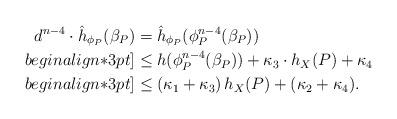
LaTeX: \begin{align*}{} d^{n-4}\cdot \hat{h}_{\phi_P}(\beta_P)&=\hat{h}_{\phi_P}(\phi_P^{n-4}(\beta_P))\\begin{align*}3pt]&\leq h(\phi_P^{n-4}(\beta_P))+\kappa_3\cdot h_X(P)+\kappa_4\\begin{align*}3pt]&\leq (\kappa_1+\kappa_3)\,h_X(P)+(\kappa_2+\kappa_4). \end{align*}